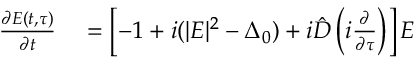
\begin{array} { r l } { \frac { \partial E ( t , \tau ) } { \partial t } } & { { } = \left[ - 1 + i ( | E | ^ { 2 } - \Delta _ { 0 } ) + i \hat { D } \left( i \frac { \partial } { \partial \tau } \right) \right] E } \end{array}